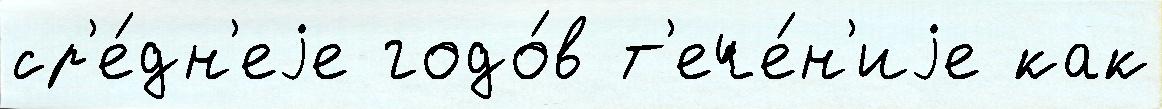
ср'е́дн'еjе годо́в т'ече́н'иjе как